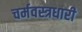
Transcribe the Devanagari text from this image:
चर्मवस्त्रधारी